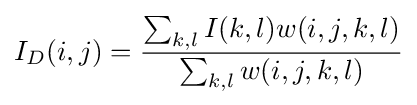
I_{D}(i,j)={\frac {\sum _{k,l}I(k,l)w(i,j,k,l)}{\sum _{k,l}w(i,j,k,l)}}